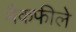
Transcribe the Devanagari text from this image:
मैकफीले